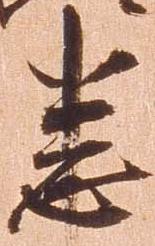
悉